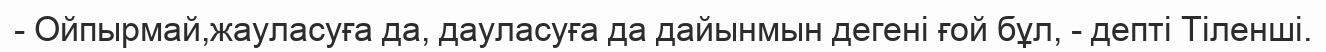
- Ойпырмай,жауласуға да, дауласуға да дайынмын дегені ғой бұл, - депті Тіленші.